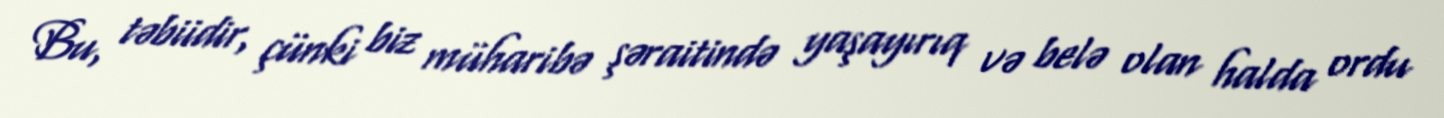
Bu, təbiidir, çünki biz müharibə şəraitində yaşayırıq və belə olan halda ordu